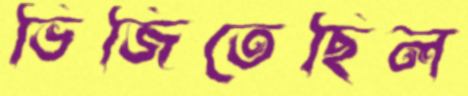
ভিজিতেছিল